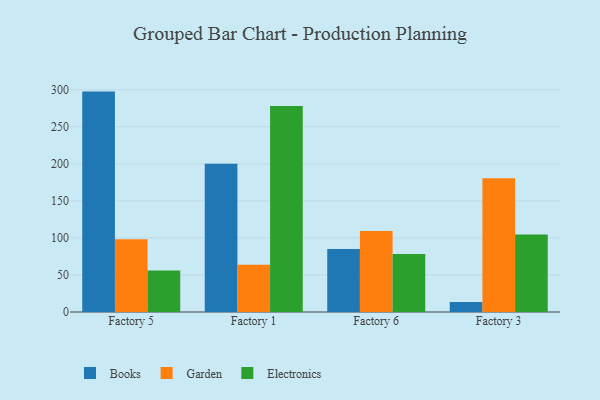
{"axis": {"x": "Factory", "y": "Demand Index"}, "legend": ["Books", "Electronics", "Garden"], "data": [{"x": "Factory 5", "y": 297.5, "type": "Books"}, {"x": "Factory 5", "y": 98.1, "type": "Garden"}, {"x": "Factory 5", "y": 55.9, "type": "Electronics"}, {"x": "Factory 1", "y": 200.0, "type": "Books"}, {"x": "Factory 1", "y": 63.9, "type": "Garden"}, {"x": "Factory 1", "y": 278.2, "type": "Electronics"}, {"x": "Factory 6", "y": 85.0, "type": "Books"}, {"x": "Factory 6", "y": 109.4, "type": "Garden"}, {"x": "Factory 6", "y": 78.4, "type": "Electronics"}, {"x": "Factory 3", "y": 13.6, "type": "Books"}, {"x": "Factory 3", "y": 180.5, "type": "Garden"}, {"x": "Factory 3", "y": 104.6, "type": "Electronics"}]}